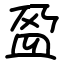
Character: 𫞰